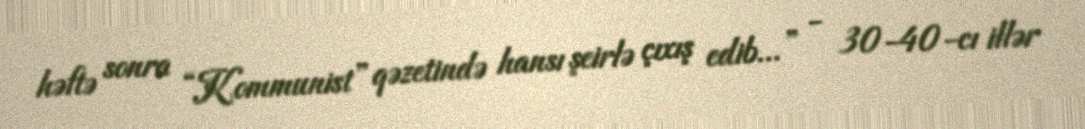
həftə sonra “Kommunist” qəzetində hansı şeirlə çıxış edib...” - 30-40-cı illər